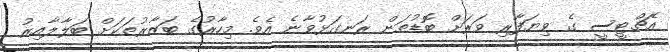
އެޗްޓީސީ ގެ ވިޔަފާރި ވަރަށް ބޮޑުތަން ރަނގަޅުވާނެ އެވެ. މިހާރުގެ ބަޒާރުތަކަށް ބަލާލާއިރު